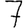
Digit: 7